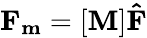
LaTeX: \mathbf{F_{m}}=[\mathbf{M}]\mathbf{\hat{F}}